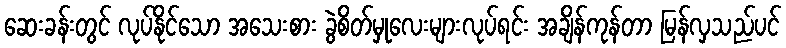
ဆေးခန်းတွင် လုပ်နိုင်သော အသေးစား ခွဲစိတ်မှုလေးများလုပ်ရင်း အချိန်ကုန်တာ မြန်လှသည်ပင်